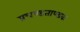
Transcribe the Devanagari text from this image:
प्रचण्डताण्डवः